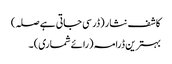
کاشف نثار (ڈر سی جاتی ہے صلہ)
بہترین ڈرامہ (رائے شماری) ۔